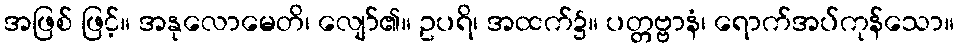
အဖြစ် ဖြင့်။ အနုလောမေတိ၊ လျော်၏။ ဥပရိ၊ အထက်၌။ ပတ္တဗ္ဗာနံ၊ ရောက်အပ်ကုန်သော။